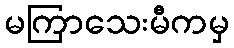
မကြာသေးမီကမှ